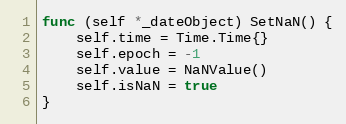
Language: Go
func (self *_dateObject) SetNaN() {
	self.time = Time.Time{}
	self.epoch = -1
	self.value = NaNValue()
	self.isNaN = true
}